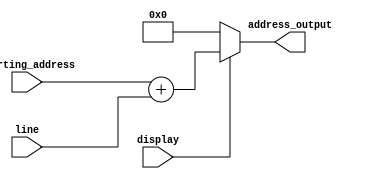
module iterator(line,display,starting_address,address_output);
input [5:0]starting_address;
input [3:0]line;
input display;
output [5:0]address_output;


assign address_output=(display) ? starting_address+line:0;
endmodule